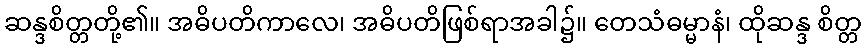
ဆန္ဒစိတ္တတို့၏။ အဓိပတိကာလေ၊ အဓိပတိဖြစ်ရာအခါ၌။ တေသံဓမ္မာနံ၊ ထိုဆန္ဒ စိတ္တ